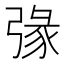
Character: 𢐄